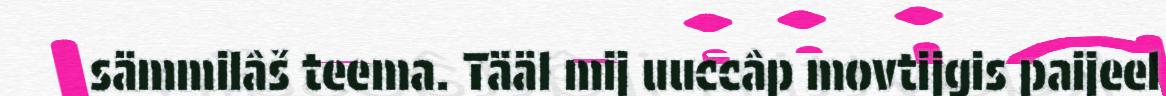
sämmilâš teema. Tääl mij uuccâp movtijgis paijeel